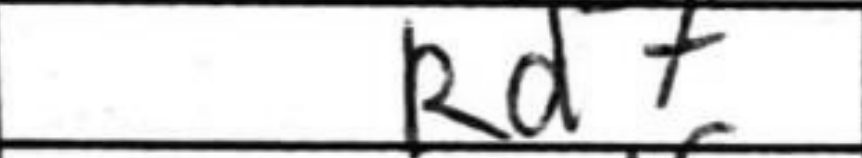
Transcription: Rd7